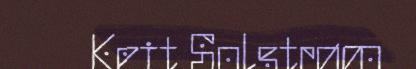
Keit Solstrøm